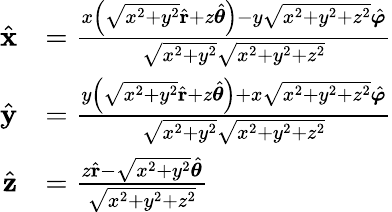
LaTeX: {\begin{array}{rl}{{\hat{\mathbf{x}}}}&{={\frac{x\left({\sqrt{x^{2}+y^{2}}}{\hat{\mathbf{r}}}+z{\hat{\boldsymbol{\theta}}}\right)-y{\sqrt{x^{2}+y^{2}+z^{2}}}{\hat{\boldsymbol{\varphi}}}}{{\sqrt{x^{2}+y^{2}}}{\sqrt{x^{2}+y^{2}+z^{2}}}}}}\\ {{\hat{\mathbf{y}}}}&{={\frac{y\left({\sqrt{x^{2}+y^{2}}}{\hat{\mathbf{r}}}+z{\hat{\boldsymbol{\theta}}}\right)+x{\sqrt{x^{2}+y^{2}+z^{2}}}{\hat{\boldsymbol{\varphi}}}}{{\sqrt{x^{2}+y^{2}}}{\sqrt{x^{2}+y^{2}+z^{2}}}}}}\\ {{\hat{\mathbf{z}}}}&{={\frac{z{\hat{\mathbf{r}}}-{\sqrt{x^{2}+y^{2}}}{\hat{\boldsymbol{\theta}}}}{\sqrt{x^{2}+y^{2}+z^{2}}}}}\end{array}}